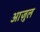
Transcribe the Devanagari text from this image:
आज़ुल